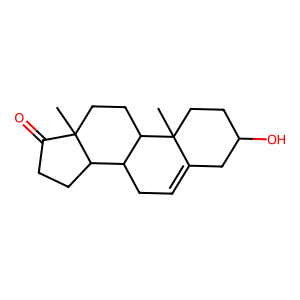
SMILES: CC12CCC3C(CC=C4CC(O)CCC43C)C1CCC2=O
Inhibits HIV replication: No